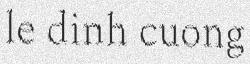
le dinh cuong